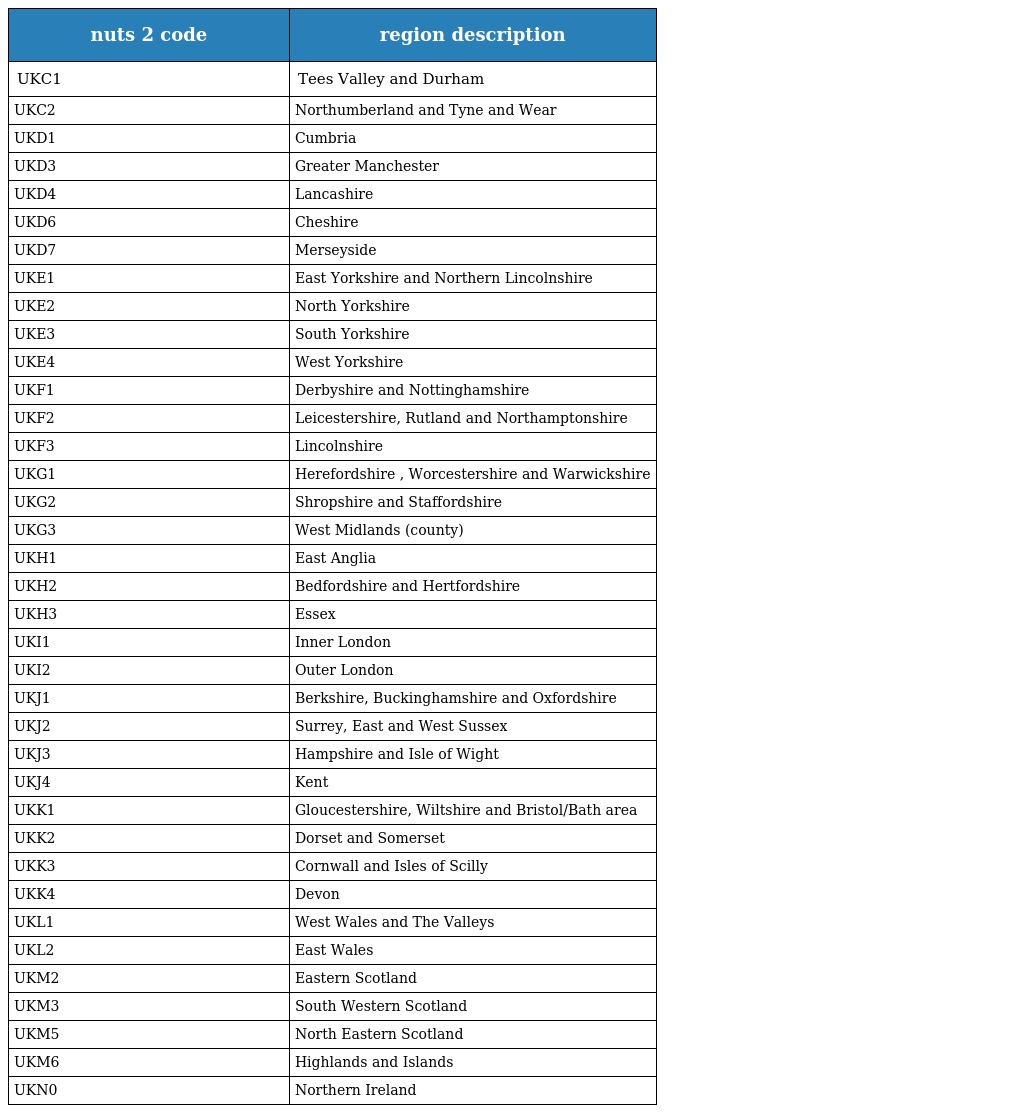
| nuts 2 code | region description |
 | --- | --- |
 | UKC1 | Tees Valley and Durham |
 | UKC2 | Northumberland and Tyne and Wear |
 | UKD1 | Cumbria |
 | UKD3 | Greater Manchester |
 | UKD4 | Lancashire |
 | UKD6 | Cheshire |
 | UKD7 | Merseyside |
 | UKE1 | East Yorkshire and Northern Lincolnshire |
 | UKE2 | North Yorkshire |
 | UKE3 | South Yorkshire |
 | UKE4 | West Yorkshire |
 | UKF1 | Derbyshire and Nottinghamshire |
 | UKF2 | Leicestershire, Rutland and Northamptonshire |
 | UKF3 | Lincolnshire |
 | UKG1 | Herefordshire , Worcestershire and Warwickshire |
 | UKG2 | Shropshire and Staffordshire |
 | UKG3 | West Midlands (county) |
 | UKH1 | East Anglia |
 | UKH2 | Bedfordshire and Hertfordshire |
 | UKH3 | Essex |
 | UKI1 | Inner London |
 | UKI2 | Outer London |
 | UKJ1 | Berkshire, Buckinghamshire and Oxfordshire |
 | UKJ2 | Surrey, East and West Sussex |
 | UKJ3 | Hampshire and Isle of Wight |
 | UKJ4 | Kent |
 | UKK1 | Gloucestershire, Wiltshire and Bristol/Bath area |
 | UKK2 | Dorset and Somerset |
 | UKK3 | Cornwall and Isles of Scilly |
 | UKK4 | Devon |
 | UKL1 | West Wales and The Valleys |
 | UKL2 | East Wales |
 | UKM2 | Eastern Scotland |
 | UKM3 | South Western Scotland |
 | UKM5 | North Eastern Scotland |
 | UKM6 | Highlands and Islands |
 | UKN0 | Northern Ireland |